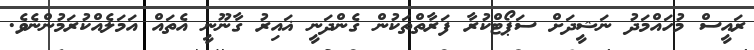
ރައީސް މުހައްމަދު ނަޝީދަށް ސަޕޯޓްކުރާ ފަރާތްތަކުން ގެންދަނީ ޣައިރު ގާނޫނީ އެތައް އަމަލެއްކުރަމުންނެވެ.